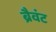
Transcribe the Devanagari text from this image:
ब्रैवंट